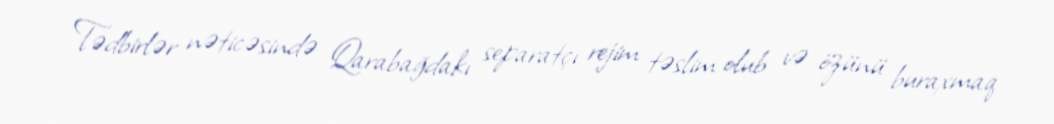
Tədbirlər nəticəsində Qarabağdakı separatçı rejim təslim olub və özünü buraxmaq